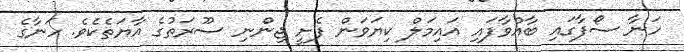
ހަނާ ސޯފާގައި ބާއްވާފައި އައިމަލް ކިޔަވަން ފެށީ ޖިންނި ސޫރަތުގެ އާޔަތެކެވެ. ހަނާގެ